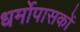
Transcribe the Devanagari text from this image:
धर्मोपासकों